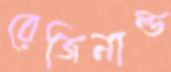
রেজিনাল্ড